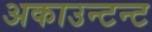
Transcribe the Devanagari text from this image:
अकाउन्टन्ट